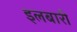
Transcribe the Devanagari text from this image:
इलबारी